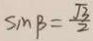
S _ { m } B = \frac { \sqrt { 3 } } { 2 }